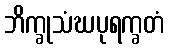
ဘိက္ခုသံဃပုရက္ခတံ